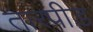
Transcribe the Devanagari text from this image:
तारपीड